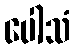
ပေါသံ